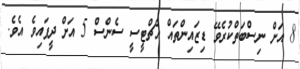
8 އަށް ނިސްބަތްކުރެވޭ ޑިޒައިންތައް އެޗްޓީސީ ސެންސް 5 އަށް ދީފައިވެ އެވެ.